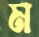
ম